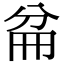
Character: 𠔕